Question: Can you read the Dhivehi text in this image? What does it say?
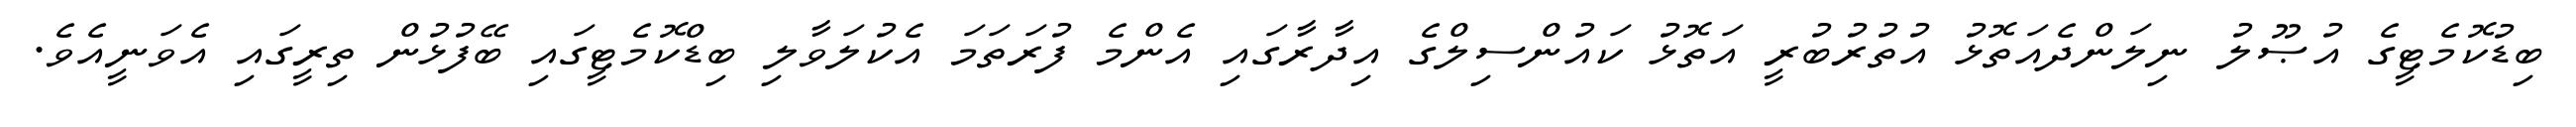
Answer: ބިޑުކޮމެޓީގެ އުޞޫލު ނިލަންދެއަތޮޅު އުތުރުބުރީ އަތޮޅު ކައުންސިލްގެ އިދާރާގައި އެންމެ ފުރަތަމަ އެކުލަވާލި ބިޑްކޮމެޓީގައި ބޭފުޅުން ތިރީގައި އެވަނީއެވެ.